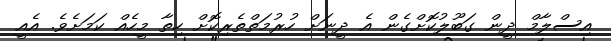
އިސްލާމް ދީން ގަބޫލުކޮށްގެން އެ ދީނަށް ހުރުމަތްތެރިކޮށް ހިތާ މީހެއް ކަމަށެވެ. އެއީ